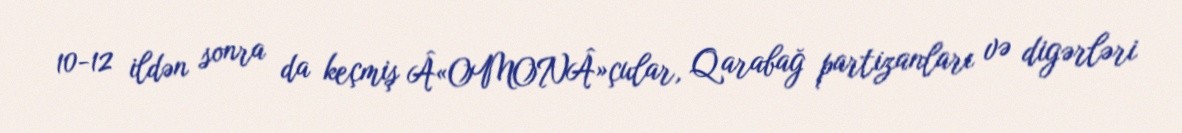
10-12 ildən sonra da keçmiş Â«OMONÂ»çular, Qarabağ partizanları və digərləri